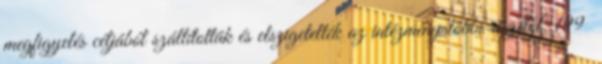
megfigyelés céljából szállították és elszigetelték az intézmény többi részétől. 199